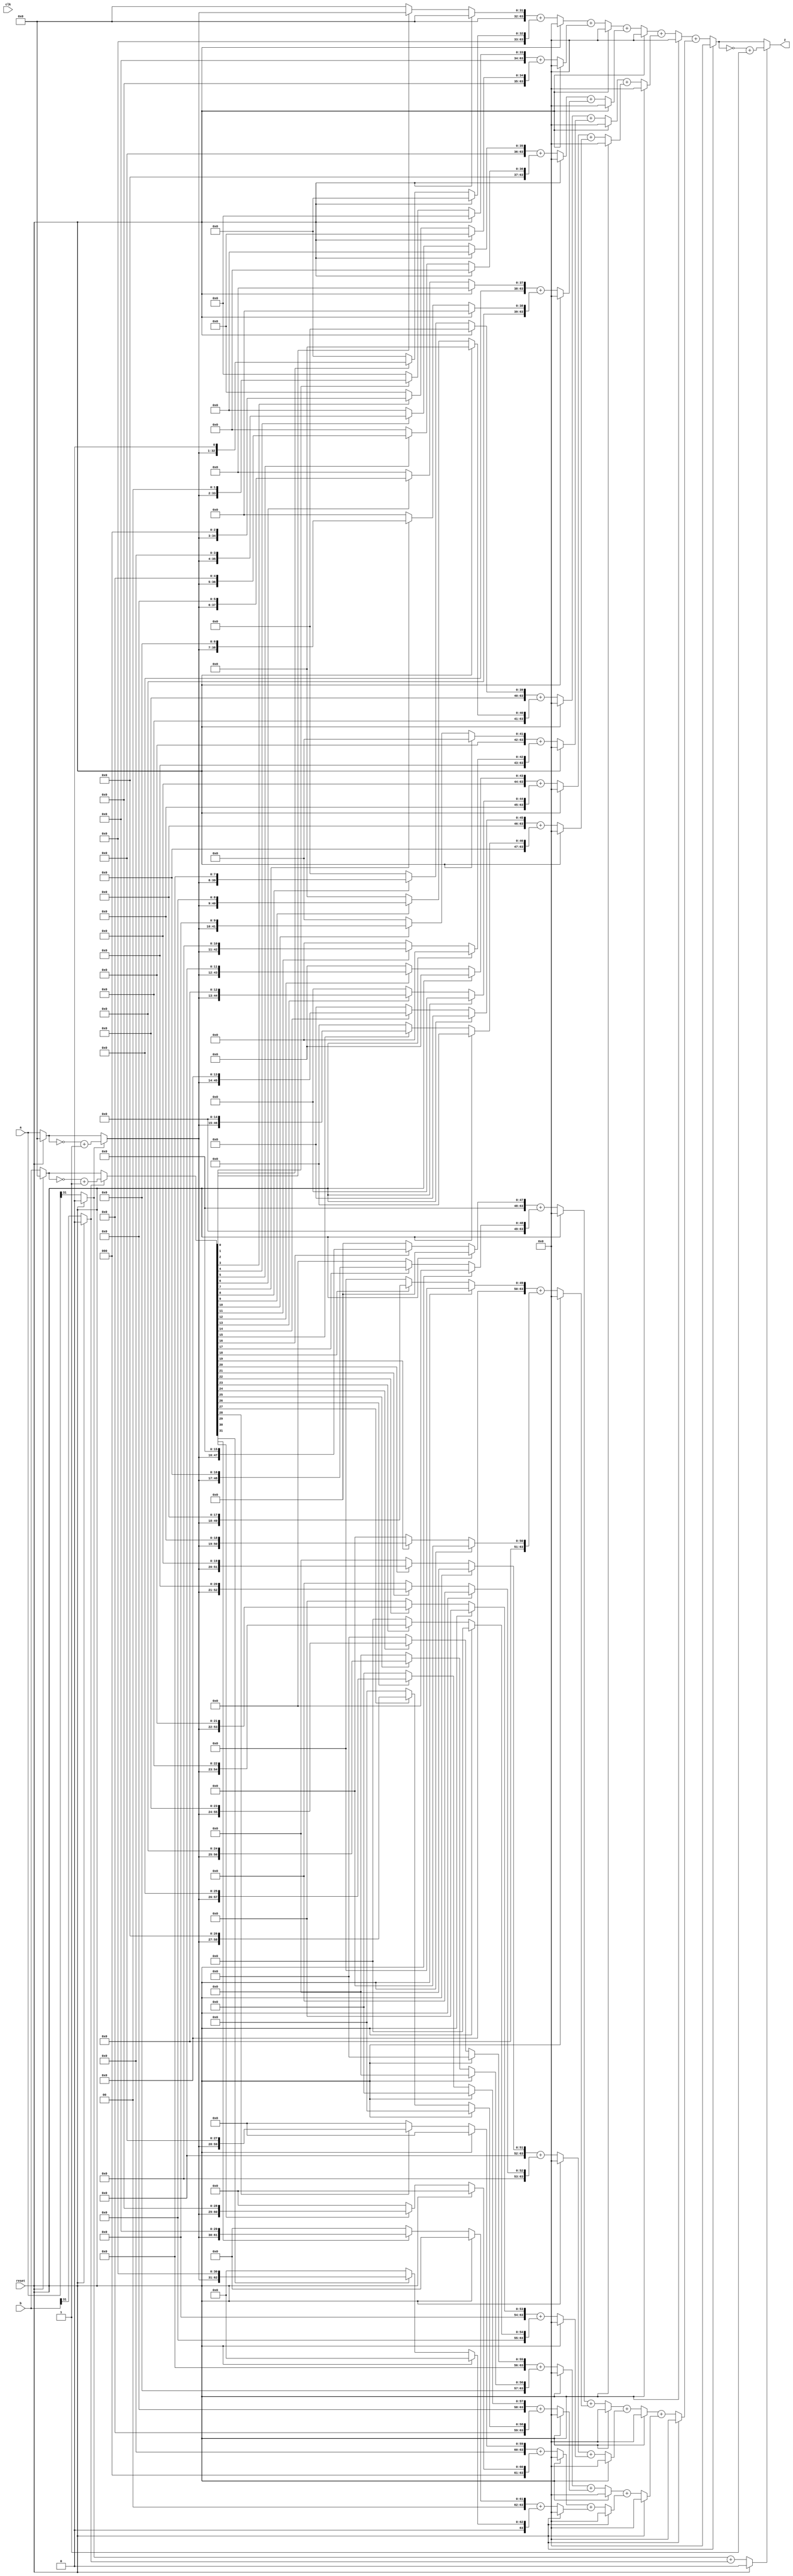
module MULT(
input clk, //
input reset, //
input [31:0] a, // a()
input [31:0] b, // b
output [63:0] z // z
); 

  reg [63:0] temp;
  wire [31:0] a0,b0;//ab
  reg [31:0] a1=0,b1=0;//ab
  reg as=0,bs=0,zs=0;
  
  reg [63:0] stored00=0; reg [63:0] stored01=0; reg [63:0] stored02=0; reg [63:0] stored03=0; reg [63:0] stored04=0; reg [63:0] stored05=0; reg [63:0] stored06=0; reg [63:0] stored07=0;
  reg [63:0] stored08=0; reg [63:0] stored09=0; reg [63:0] stored10=0; reg [63:0] stored11=0; reg [63:0] stored12=0; reg [63:0] stored13=0; reg [63:0] stored14=0; reg [63:0] stored15=0;
  reg [63:0] stored16=0; reg [63:0] stored17=0; reg [63:0] stored18=0; reg [63:0] stored19=0; reg [63:0] stored20=0; reg [63:0] stored21=0; reg [63:0] stored22=0; reg [63:0] stored23=0;
  reg [63:0] stored24=0; reg [63:0] stored25=0; reg [63:0] stored26=0; reg [63:0] stored27=0; reg [63:0] stored28=0; reg [63:0] stored29=0; reg [63:0] stored30=0; reg [63:0] stored31=0;
  
 reg [63:0] add00_01, add02_03, add04_05, add06_07, add08_09, add10_11, add12_13, add14_15,add16_17, add18_19, add20_21, add22_23, add24_25, add26_27, add28_29, add30_31;
 
 reg [63:0] add00_03, add04_07, add08_11, add12_15, add16_19, add20_23, add24_27, add28_31;

 reg [63:0] add00_07, add08_15, add16_23, add24_31;

 reg [63:0] add00_15, add16_31;
 
  assign a0 = as ? (~a1+1) : a1;
  assign b0 = bs ? (~b1+1) : b1;
  assign z = zs ? (~temp+1):temp;
  always @(*) 
  begin
   if(reset)
   begin
     temp<=0;  as=0;bs=0;zs=0; a1=0;b1=0;
     stored00<=0; stored01<=0; stored02<=0; stored03<=0; stored04<=0; stored05<=0; stored06<=0; stored07<=0;
     stored08<=0; stored09<=0; stored10<=0; stored11<=0; stored12<=0; stored13<=0; stored14<=0; stored15<=0;
     stored16<=0; stored17<=0; stored18<=0; stored19<=0; stored20<=0; stored21<=0; stored22<=0; stored23<=0;
     stored24<=0; stored25<=0; stored26<=0; stored27<=0; stored28<=0; stored29<=0; stored30<=0; stored31<=0;
     
     add00_01 <= 0; add02_03 <= 0; add04_05 <= 0; add06_07 <= 0; add08_09 <= 0; add10_11 <= 0; add12_13 <= 0; add14_15 <= 0;
     add16_17 <= 0; add18_19 <= 0; add20_21 <= 0; add22_23 <= 0; add24_25 <= 0; add26_27 <= 0; add28_29 <= 0; add30_31 <= 0;
      
     add00_03 <= 0; add04_07 <= 0; add08_11 <= 0; add12_15 <= 0; add16_19 <= 0; add20_23 <= 0; add24_27 <= 0; add28_31 <= 0;
     
     add00_07 <= 0; add08_15 <= 0; add16_23 <= 0; add24_31 <= 0;
     
     add00_15 <= 0; add16_31 <= 0;
   end
   else 
   begin
    as <= a[31];    bs <= b[31];
    a1 <= a;        b1 <= b;

    stored00 <= b0[0]? {32'b0, a0} :64'b0;         stored01 <= b0[1]? {31'b0, a0, 1'b0} :64'b0;
    stored02 <= b0[2]? {30'b0, a0, 2'b0} :64'b0;   stored03 <= b0[3]? {29'b0, a0, 3'b0} :64'b0;
    stored04 <= b0[4]? {28'b0, a0, 4'b0} :64'b0;   stored05 <= b0[5]? {27'b0, a0, 5'b0} :64'b0;
    stored06 <= b0[6]? {26'b0, a0, 6'b0} :64'b0;   stored07 <= b0[7]? {25'b0, a0, 7'b0} :64'b0;
    stored08 <= b0[8]? {24'b0, a0, 8'b0} :64'b0;   stored09 <= b0[9]? {23'b0, a0, 9'b0} :64'b0;
    stored10 <= b0[10]? {22'b0, a0, 10'b0} :64'b0; stored11 <= b0[11]? {21'b0, a0, 11'b0} :64'b0;
    stored12 <= b0[12]? {20'b0, a0, 12'b0} :64'b0; stored13 <= b0[13]? {19'b0, a0, 13'b0} :64'b0;
    stored14 <= b0[14]? {18'b0, a0, 14'b0} :64'b0; stored15 <= b0[15]? {17'b0, a0, 15'b0} :64'b0;
    stored16 <= b0[16]? {16'b0, a0, 16'b0} :64'b0; stored17 <= b0[17]? {15'b0, a0, 17'b0} :64'b0;
    stored18 <= b0[18]? {14'b0, a0, 18'b0} :64'b0; stored19 <= b0[19]? {13'b0, a0, 19'b0} :64'b0;
    stored20 <= b0[20]? {12'b0, a0, 20'b0} :64'b0; stored21 <= b0[21]? {11'b0, a0, 21'b0} :64'b0;
    stored22 <= b0[22]? {10'b0, a0, 22'b0} :64'b0; stored23 <= b0[23]? {9'b0, a0, 23'b0} :64'b0;
    stored24 <= b0[24]? {8'b0, a0, 24'b0} :64'b0;  stored25 <= b0[25]? {7'b0, a0, 25'b0} :64'b0;
    stored26 <= b0[26]? {6'b0, a0, 26'b0} :64'b0;  stored27 <= b0[27]? {5'b0, a0, 27'b0} :64'b0;
    stored28 <= b0[28]? {4'b0, a0, 28'b0} :64'b0;  stored29 <= b0[29]? {3'b0, a0, 29'b0} :64'b0;
    stored30 <= b0[30]? {2'b0, a0, 30'b0} :64'b0;  stored31 <= b0[31]? {1'b0, a0, 31'b0} :64'b0;

    add00_01 <= stored00+stored01; add02_03 <= stored02+stored03; add04_05 <= stored04+stored05; add06_07 <= stored06+stored07;
    add08_09 <= stored08+stored09; add10_11 <= stored10+stored11; add12_13 <= stored12+stored13; add14_15 <= stored14+stored15;
    add16_17 <= stored16+stored17; add18_19 <= stored18+stored19; add20_21 <= stored20+stored21; add22_23 <= stored22+stored23;
    add24_25 <= stored24+stored25; add26_27 <= stored26+stored27; add28_29 <= stored28+stored29; add30_31 <= stored30+stored31;

    add00_03 <= add00_01+add02_03; add04_07 <= add04_05+add06_07; add08_11 <= add08_09+add10_11; add12_15 <= add12_13+add14_15;
    add16_19 <= add16_17+add18_19; add20_23 <= add20_21+add22_23; add24_27 <= add24_25+add26_27; add28_31 <= add28_29+add30_31;

    add00_07 <= add00_03+add04_07; add08_15 <= add08_11+add12_15; add16_23 <= add16_19+add20_23; add24_31 <= add24_27+add28_31;

    add00_15 <= add00_07+add08_15; add16_31 <= add16_23+add24_31;

    temp <= add00_15+add16_31;
    
    zs<=as+bs;
   end
   end
   
endmodule